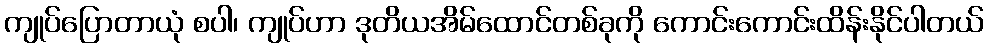
ကျုပ်ပြောတာယုံ စပါ၊ ကျုပ်ဟာ ဒုတိယအိမ်ထောင်တစ်ခုကို ကောင်းကောင်းထိန်းနိုင်ပါတယ်